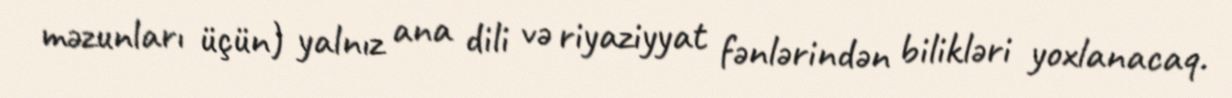
məzunları üçün) yalnız ana dili və riyaziyyat fənlərindən bilikləri yoxlanacaq.